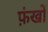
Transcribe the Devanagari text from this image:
फ़ंखों